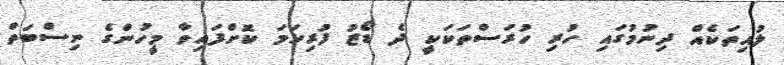
ލުއިތަކެއް ދިނުމުގައި ހުރި ހުރަސްތަކަކީ ދެ ޑޯޒު ފުރިހަމަ ކޮށްފައިވާ މީހުންގެ ނިސްބަތް